Medical and sanitary report of the native army of Bengal for the year
Year: 1878
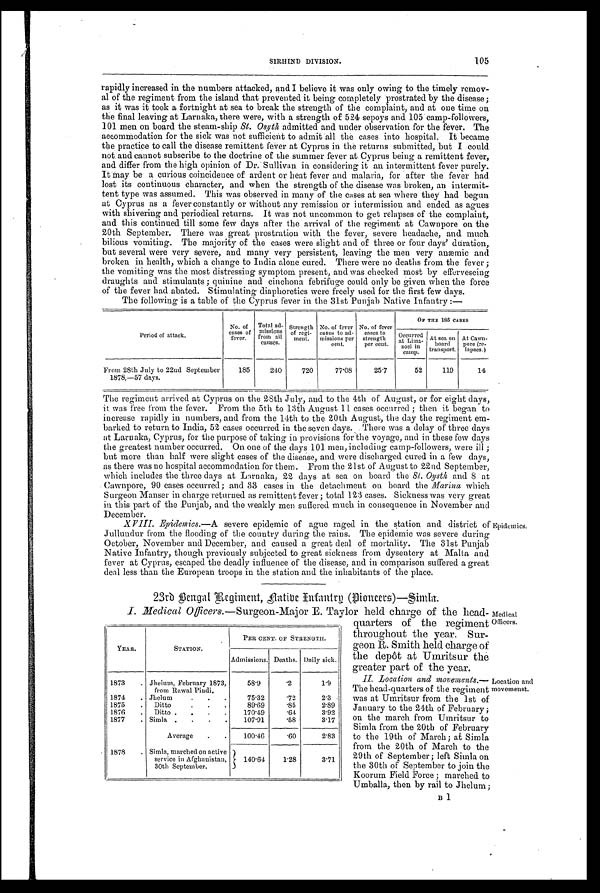
SIRHIND DIVISION.
105
rapidly increased in the numbers attacked, and I believe it was only owing to the timely remov-
al of the regiment from the island that prevented it being completely prostrated by the disease;
as it was it took a fortnight at sea to break the strength of the complaint, and at one time on
the final leaving at Larnaka, there were, with a strength of 524 sepoys and 105 camp-followers,
101 men on board the steam-ship St. Osyth admitted and under observation for the fever. The
accommodation for the sick was not sufficient to admit all the cases into hospital. It became
the practice to call the disease remittent fever at Cyprus in the returns submitted, but I could
not and cannot subscribe to the doctrine of the summer fever at Cyprus being a remittent fever,
and differ from the high opinion of Dr. Sullivan in considering it an intermittent fever purely.
It May be a curious coincidence of ardent or heat fever and malaria, for after the fever had
lost its continuous character, and when the strength of' the disease was broken, an intermit-
tent type was assumed. This was observed in many of the cases at sea where they had begun
at Cyprus as a fever constantly or without any remission or intermission and ended as agues
with shivering and periodical returns. It was not uncommon to get relapses of the complaint,
and this continued till some few days after the arrival of the regiment at Cawnpore on the
20th September. There was great prostration with the fever, severe headache, and much
bilious vomiting. The majority of the cases were slight and of three or four days' duration,
but several were very severe, and many very persistent, leaving the men very anæmic and
broken in health, which a change to India alone cured. There were no deaths from the fever ;
the vomiting was the most distressing symptom present, and was checked most by effervescing
draughts and stimulants ; quinine and cinchona febrifuge could only be given when the force
of the fever had abated. Stimulating diaphoreties were freely used for the first few days.
The following is a table of the Cyprus fever in the 31st Puniab Native Infantry :—
P e r i o d o f a t t a c k .
No. of
cases of
fever.
Total ad-
missions
from all
causes
Strength of regi-
ment .
No. of fever
cases to ad-
missions per
cent.
No. of fever
cases to
strength per cent.
OF THE 185 CASES
Occurred
at Lima
- soel in
camp.
At sea on
board
transport.
At Cawn-
pore (re-
lapses.)
From 28th July to 22nd September
1878,—57 days.
185
240
720
77.08
25.7
52
119
14
The regiment arrived at Cyprus on the 28th July, and to the 4th of August, or for eight days,
it was free from the fever. From the 5th to 13th August 11 cases occurred ; then it began tc
increase rapidly in numbers, and from the 14th to the 20th August, the day the regiment em-
barked. to return to India, 52 cases occurred in the seven days. There was a delay of three days
at Larnaka, Cyprus, for the purpose of taking in provisions for the voyage, and in these few days
the greatest number occurred. On one of the days 101 men, including camp-followers, were ill ;
but more than half were slight cases of the disease, and were discharged cured in a few days,
as there was no hospital accommodation for them. From the 21st of August to 22nd September,
which includes the three days at Larnaka, 22 days at sea on board the St. Oysth and 8 at
Cawnpore, 90 cases occurred; and 33 cases in the detachment on board the Marina which
Surgeon Manser in charge returned as remittent fever ; total 123 cases. Sickness was very great
in this part of the Punjab, and the weakly men suffered much in consequence in November and
December.
V III. Epidemics.—A severe epidemic of ague raged in the station and district of
Jullundur from the flooding of the country during the rains. The epidemic was severe during
October, November and December, and caused a great deal of mortality. The 31st Punjab
Native Infantry, though previously subjected to great sickness from dysentery at Malta and
fever at Cyprus, escaped the deadly influence of the disease, and in comparison suffered a great
deal less than the European troops in the station and the inhabitants of the place.
23rd Bengal Regiment, flatibe Enfantrg (Pioneers)—Simla.
I. Medical Officers.—Surgeon-Major E. Taylor held charge of the head-
quarters of the regiment
throughout the year. Sur-
geon R. Smith held charge of
the depôt at Umritsur the
greater part of the year.
II. Location and movements.—
The head-quarters of the regiment
was at Umritsur from the 1st of
January to the 24th of February ;
on the march from Umritsur to
Simla from the 20th of February
to the 19th of March; at Simla
from the 20th of March to the
29th of September ; left Simla on
the 30th of September to join the
Koorum Field Force ; marched to
Umballa, then by rail to Jhelum ;
B 1
YEAR.
STATION.
PER CENT. OF STRENGTH.
Admissions. Deaths. Daily sick.
1873 . Jhelum, February 1873,
from Rawal Pindi.
58.9
. 2 1.9
1874
. Jhelum .
.
7 5 . 3 2
. 7 2 2.3
1875 . Ditto.
89.69
. 8 5 2.89
1876 . Ditto . . . .
170.49
. 6 4 3.92
1877 . Simla . . . .
107.91
. 5 8 3.17
Average . .
100-.46
. 6 0 2.83
1878 . Simla, marched on active
service in Afghanistan,
30th September.
140.64
1.28
3.71
Epidemics.
Medical
Officers.
Location and
movemenst.